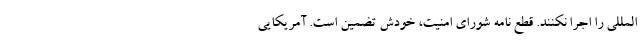
المللی را اجرا نکنند. قطع نامه شورای امنیت، خودش تضمین است. آمریکایی